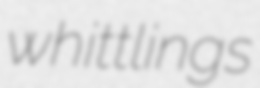
whittlings